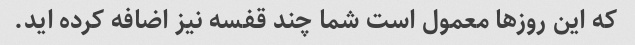
که این روزها معمول است شما چند قفسه نیز اضافه کرده اید.